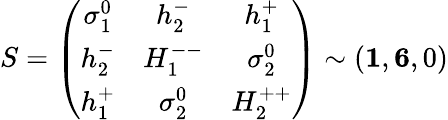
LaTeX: S=\left(\begin{array}{ccc}{{\sigma_{1}^{0}}}&{{h_{2}^{-}}}&{{h_{1}^{+}}}\\ {{h_{2}^{-}}}&{{H_{1}^{--}}}&{{\sigma_{2}^{0}}}\\ {{h_{1}^{+}}}&{{\sigma_{2}^{0}}}&{{H_{2}^{++}}}\end{array}\right)\sim({\mathbf 1},{\mathbf 6},0)